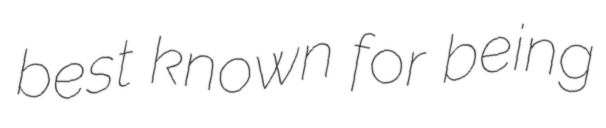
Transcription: best known for being